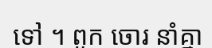
ទៅ ។ ពួក ចោរ នាំគ្នា